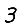
Digit: 3